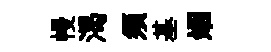
幔渴須基姻